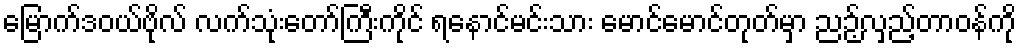
မြောက်ဒဝယ်ဗိုလ် လက်သုံးတော်ကြီးကိုင် ရနောင်မင်းသား မောင်မောင်တုတ်မှာ ညဉ့်လှည့်တာဝန်ကို